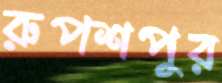
রুপশপুর